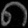
Digit: ၈